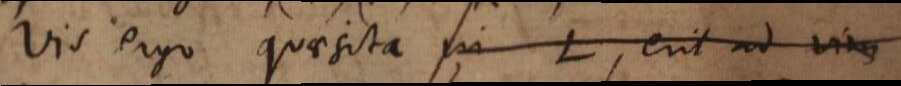
Vis ergo quaesita in L, erit ad vim